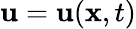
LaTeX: \mathbf{u}=\mathbf{u}(\mathbf{x},t)